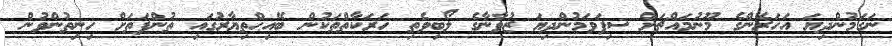
ނަގަމުންދިޔަ އަހަރެންގެ މޫނުމައްޗަށް ސިފަވަމުންދިޔަ ޒުވާނާގެ ލޯބިވެތި ހަރަކާތްތަކުން ބޭއިޙްތިޔާރުގައި ތުންފަތަށް ހިނިތުންވުން